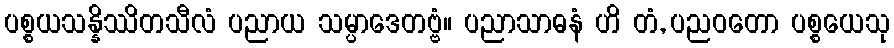
ပစ္စယသန္နိဿိတသီလံ ပညာယ သမ္ပာဒေတဗ္ဗံ။ ပညာသာဓနံ ဟိ တံ, ပညဝတော ပစ္စယေသု